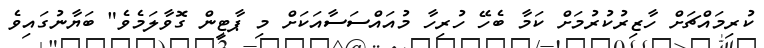
ކުރިމައްޗަށް ހާޒިރުކުރުމަށް ކަމާ ބެހޭ ހުރިހާ މުއައްސަސާއަކަށް މި ޕާޓީން ގޮވާލަމެވެ" ބަޔާނުގައިވެ